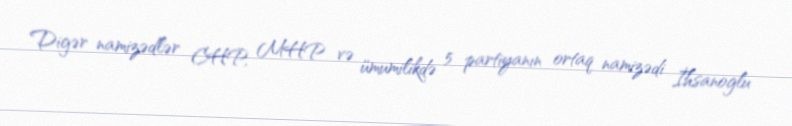
Digər namizədlər CHP, MHP və ümumilikdə 5 partiyanın ortaq namizədi İhsanoglu